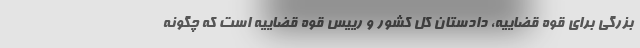
بزرگی برای قوه قضاییه، دادستان کل کشور و رییس قوه قضاییه است که چگونه